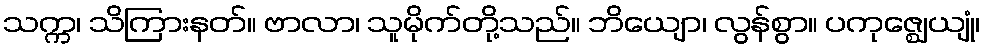
သက္က၊ သိကြားနတ်။ ဗာလာ၊ သူမိုက်တို့သည်။ ဘိယျော၊ လွန်စွာ။ ပကုဇ္ဈေယျုံ၊